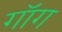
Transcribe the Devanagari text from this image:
गॉग